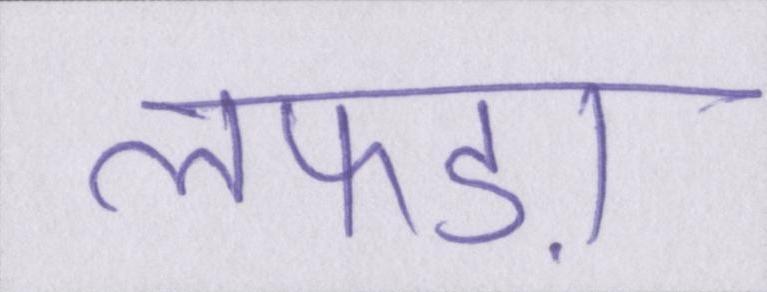
लफड़ा